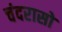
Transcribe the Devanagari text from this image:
चंदरासो